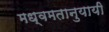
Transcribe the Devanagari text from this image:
मध्वमतानुयायी